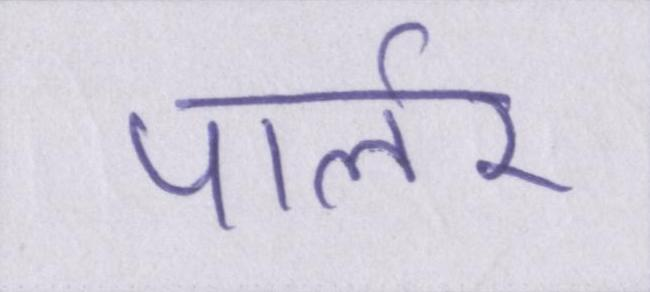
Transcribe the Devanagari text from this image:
पार्लर